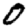
Digit: 0